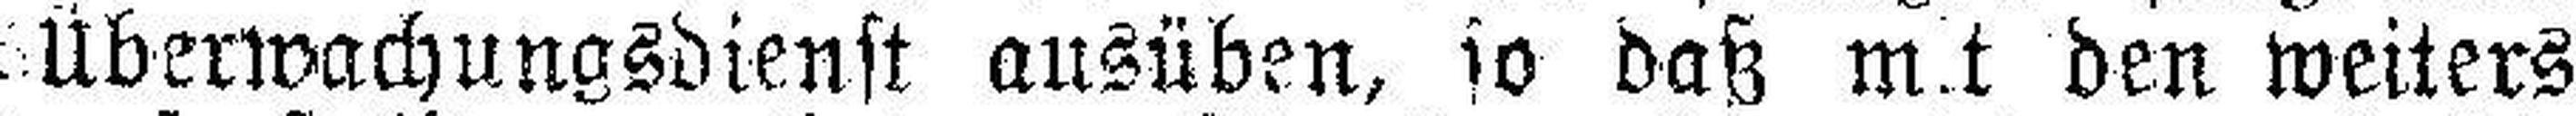
Überwachungsdienst ausüben, so daß mit den weiters